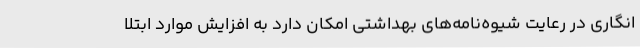
انگاری در رعایت شیوه‌نامه‌های بهداشتی امکان دارد به افزایش موارد ابتلا